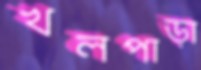
খলপাড়া